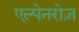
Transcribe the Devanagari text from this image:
एल्पेनरोज़